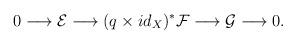
LaTeX: \begin{align*}0 \longrightarrow \mathcal{E} \longrightarrow (q \times id_X)^*\mathcal{F} \longrightarrow \mathcal{G} \longrightarrow 0.\end{align*}